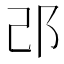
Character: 𨙬